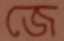
জে